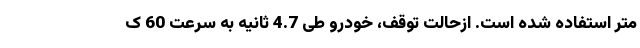
متر استفاده شده است. ازحالت توقف، خودرو طی 4.7 ثانیه به سرعت 60 ک